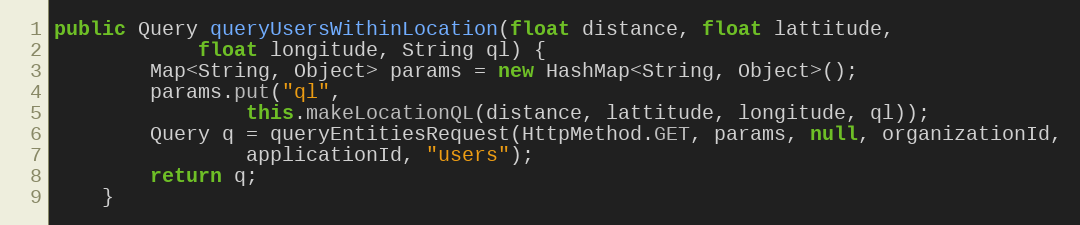
Language: Java
public Query queryUsersWithinLocation(float distance, float lattitude,
            float longitude, String ql) {
        Map<String, Object> params = new HashMap<String, Object>();
        params.put("ql",
                this.makeLocationQL(distance, lattitude, longitude, ql));
        Query q = queryEntitiesRequest(HttpMethod.GET, params, null, organizationId,
                applicationId, "users");
        return q;
    }